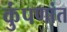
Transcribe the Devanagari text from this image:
कुंपणांत